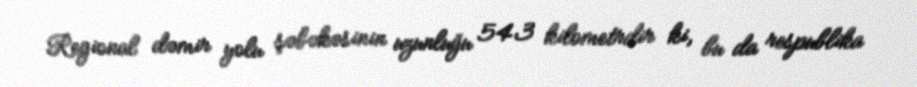
Regional dəmir yolu şəbəkəsinin uzunluğu 543 kilometrdir ki, bu da respublika